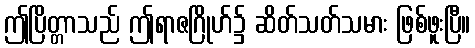
ဤပြိတ္တာသည် ဤရာဇဂြိုဟ်၌ ဆိတ်သတ်သမား ဖြစ်ဖူးပြီ။